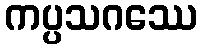
ကပ္ပသဂဿေ